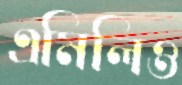
এমিলিও